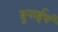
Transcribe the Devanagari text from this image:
ब्रुनाईचं